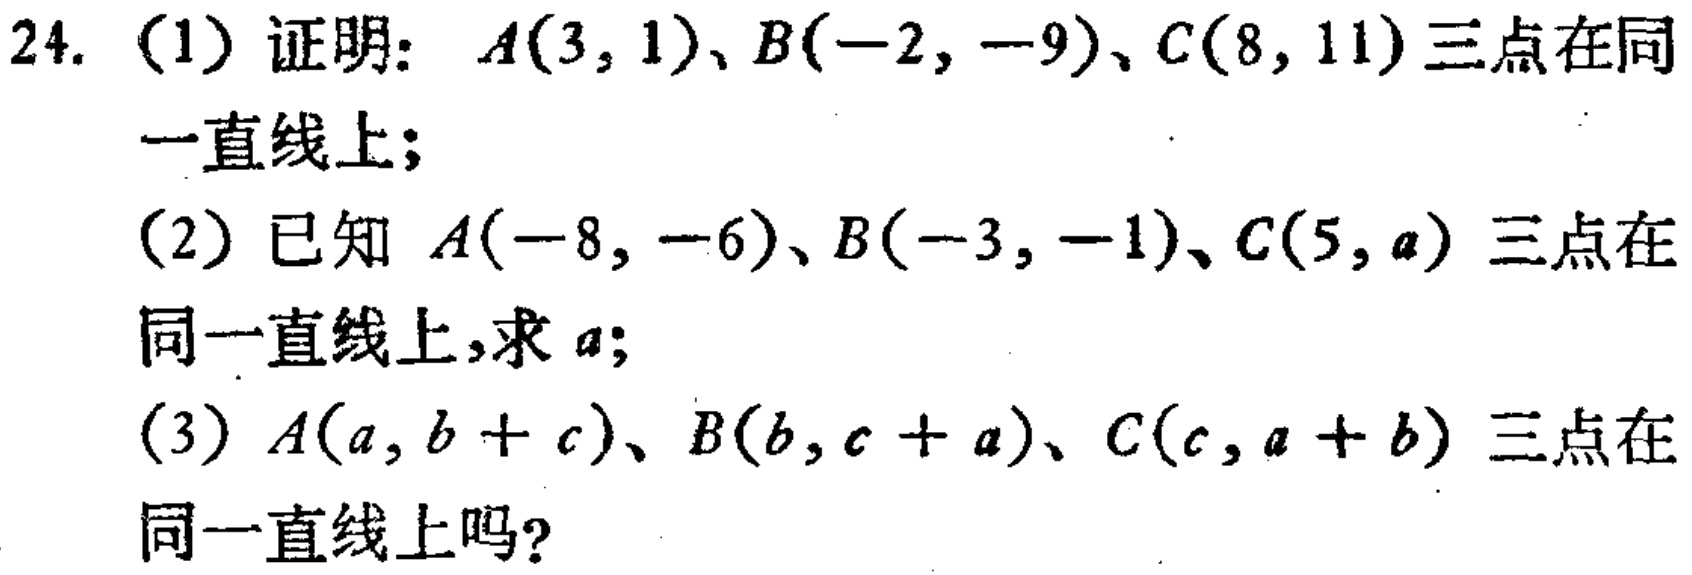
24. (1) 证明：\(A(3,1)\)、\(B(-2,-9)\)、\(C(8,11)\)三点在同一直线上；
(2) 已知 \(A(-8,-6)\)、\(B(-3,-1)\)、\(C(5,a)\) 三点在同一直线上，求 \(a\)；
(3) \(A(a,b + c)\)、\(B(b,c + a)\)、\(C(c,a + b)\) 三点在同一直线上吗？